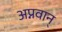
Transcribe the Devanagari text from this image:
अप्नवान्